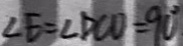
\angle E = \angle D C D = 9 0 ^ { \circ }